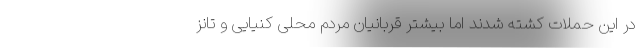
در این حملات کشته شدند اما بیشتر قربانیان مردم محلی کنیایی و تانز